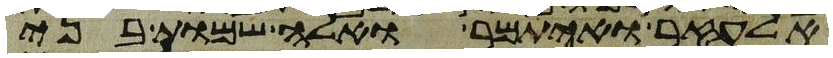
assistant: אלעזר ואיתמר אלה שמות בני